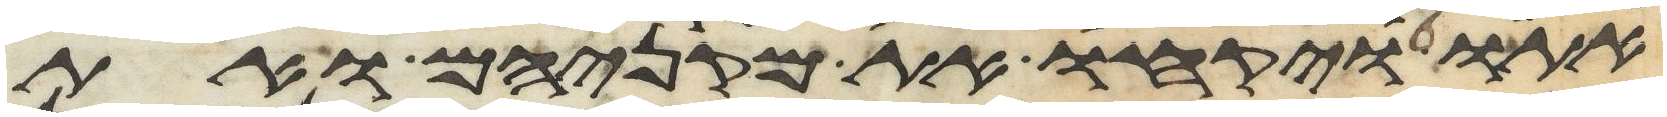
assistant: אתו ויקחו את מקניהם ואת